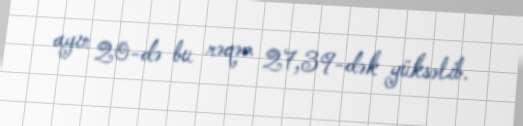
ayın 20-də bu rəqəm 27,39-dək yüksəlib.